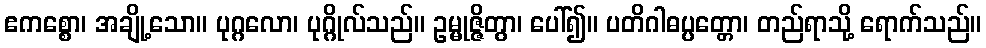
ဧကစ္စော၊ အချို့သော။ ပုဂ္ဂလော၊ ပုဂ္ဂိုလ်သည်။ ဥမ္မုဇ္ဇိတွာ၊ ပေါ်၍။ ပတိဂါဓပ္ပတ္တော၊ တည်ရာသို့ ရောက်သည်။